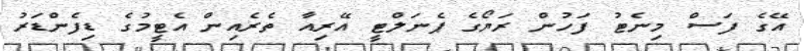
އޭގެ ފަސް މިނެޓު ފަހުން ރަޔޯގެ ޕެނަލްޓީ އޭރިއާ ތެރެއިން އެޓީމުގެ ޑިފެންޑަރު